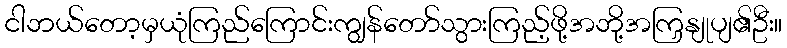
ငါဘယ်တော့မှယုံကြည်ကြောင်းကျွန်တော်သွားကြည့်ဖို့အဘို့အကြှနျုပျ၏ဦး။